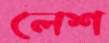
লেশ